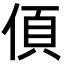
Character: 㑯